Indian journal of veterinary science and animal husbandry - Volume 4,
Year: 1934
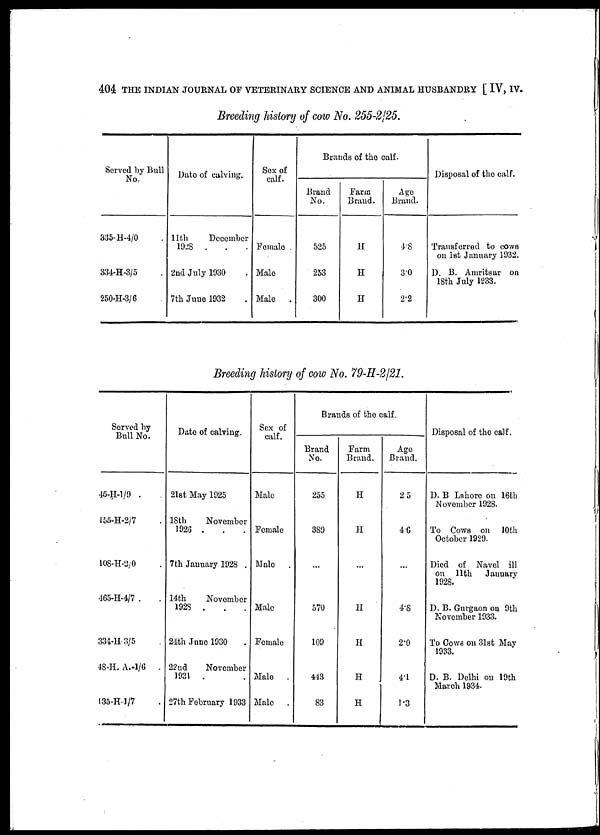
404 THE INDIAN JOURNAL OF VETERINARY SCIENCE AND ANIMAL HUSBANDRY [ IV, IV.
Breeding history of cow No. 255-2/25.
Served by Bull
No.
335-H-4/0 .
334-H-3/5 .
250-H-3/6 .
Date of calving.
11th
December
1928 ...
2nd July 1930 .
7th June 1932 .
Sex of
calf
Female
Male
Male
Brands of the calf.
Brand
No.
525
253
300
Farm
Brand.
H
H
H
Age
Brand.
4.8
3.0
2.2
Disposal of the calf.
Transferred to cows
on 1st January 1932.
D. B. Amritsar on
18th July 1933.
Breeding history of cow No. 79-H-2/21.
Served by
45-II-1/9
155-H-2/7
10S-H-2/0
465-H-4/7
334-H- 3/5
48. H. A -1/6 .
135-H-1/7
Date of calving.
21st May 1925
18th
November
1926 . . .
7th January 1928 .
14th
November
1928 . . .
24th June 1930
22nd
November
1931 . .
27th February 1933
Sex of
calf.
Male
Female
Male
.
Male
Female
Male .
Male
Brands of the calf.
Brand
No.
255
389
...
570
109
443
83
Farm
Brand.
H
H
...
H
H
H
H
Age
Brand.
2 5
4 6
...
4.8
2.0
4.1
1.3
Disposal of the calf.
D. B Lahore on 16th
November 1923.
To Cows on 10th
October 1929.
Died of Navel ill
on 11th January
1928.
D. B. Gurgaon on 9th
November 1933.
To Cows on 31st May
1933.
D. B. Delhi on 19th
March 1934.